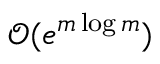
\mathcal { O } ( e ^ { m \log m } )